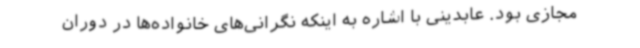
مجازی بود. عابدینی با اشاره به اینکه نگرانی‌های خانواده‌ها در دوران